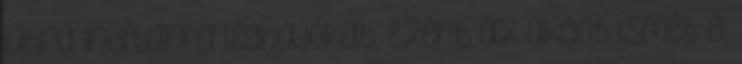
útra indítani a léghajókat, ezért az akciót ismét el